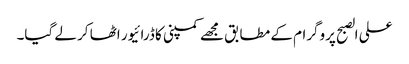
علی الصبح پروگرام کے مطابق مجھے کمپنی کا ڈرائیور اٹھا کر لے گیا۔